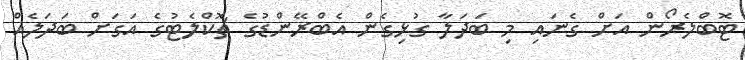
ޓޮބްލެރޯން އަށް ގެނައި މި ބަދަލާ ގުޅިގެން އެބްރޭންޑުގެ ޗޮކްލެޓުގެ އަގަށް ބަދަލެއް